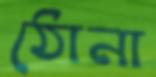
ঠোনা